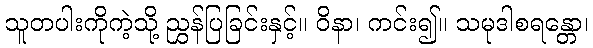
သူတပါးကိုကဲ့သို့ ညွှန်ပြခြင်းနှင့်။ ဝိနာ၊ ကင်း၍။ သမုဒါစရန္တော၊